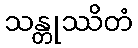
သန္တုဿိတံ